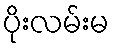
ပိုးလမ်းမ